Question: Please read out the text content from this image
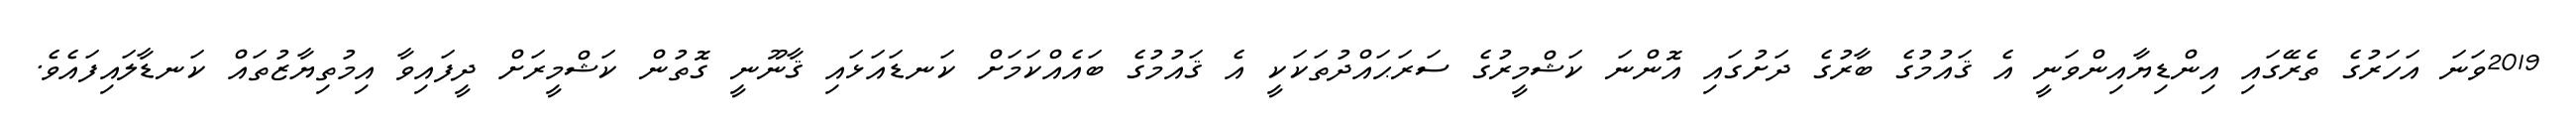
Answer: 2019ވަނަ އަހަރުގެ ތެރޭގައި އިންޑިޔާއިންވަނީ އެ ޤައުމުގެ ބާރުގެ ދަށުގައި އޮންނަ ކަޝްމީރުގެ ސަރަޙައްދުތަކަކީ އެ ޤައުމުގެ ބައެއްކަމަށް ކަނޑައަޅައި ޤާނޫނީ ގޮތުން ކަޝްމީރަށް ދީފައިވާ އިމުތިޔާޒުތައް ކަނޑާލައިފައެވެ.